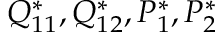
Q _ { 1 1 } ^ { * } , Q _ { 1 2 } ^ { * } , P _ { 1 } ^ { * } , P _ { 2 } ^ { * }